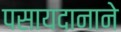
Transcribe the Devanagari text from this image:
पसायदानाने